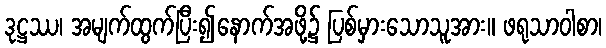
ဒုဋ္ဌဿ၊ အမျက်ထွက်ပြီး၍နောက်အဖို့၌ ပြစ်မှားသောသူအား။ ဖရုသာဝါစာ၊